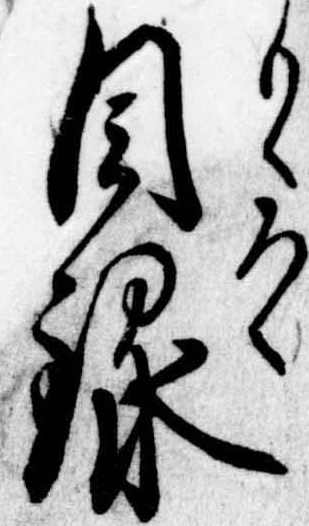
目録